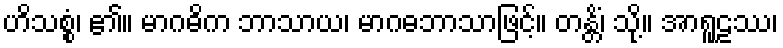
ဟိသစ္စံ၊ ၏။ မာဂဓိက ဘာသာယ၊ မာဂဓဘာသာဖြင့်။ တန္တိံ၊ သို့။ အာရူဠဿ၊